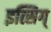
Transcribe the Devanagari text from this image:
इत्सिग्